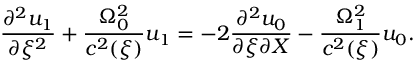
\frac { \partial ^ { 2 } u _ { 1 } } { \partial \xi ^ { 2 } } + \frac { \Omega _ { 0 } ^ { 2 } } { c ^ { 2 } ( \xi ) } u _ { 1 } = - 2 \frac { \partial ^ { 2 } u _ { 0 } } { \partial \xi \partial X } - \frac { \Omega _ { 1 } ^ { 2 } } { c ^ { 2 } ( \xi ) } u _ { 0 } .